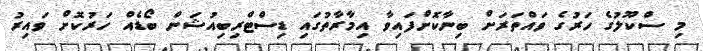
މި ސްކޫލުގެ ހަރުގެ ވައްތަރަށް ބިނާކޮށްފައިވާ އިމާރާތުގައި ޑިސްޓްރިބިއުޝަން ބޯޑެއް ހަރުކޮށް ވައިރު